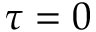
\tau = 0